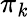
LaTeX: \pi_{\mathit{k}}